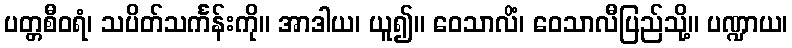
ပတ္တစီဝရံ၊ သပိတ်သင်္ကန်းကို။ အာဒါယ၊ ယူ၍။ ဝေသာလိံ၊ ဝေသာလီပြည်သို့။ ပဏ္ဍာယ၊